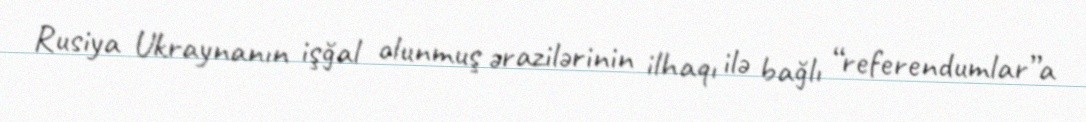
Rusiya Ukraynanın işğal olunmuş ərazilərinin ilhaqı ilə bağlı “referendumlar”a